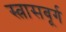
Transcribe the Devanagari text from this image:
स्त्रासबूर्ग